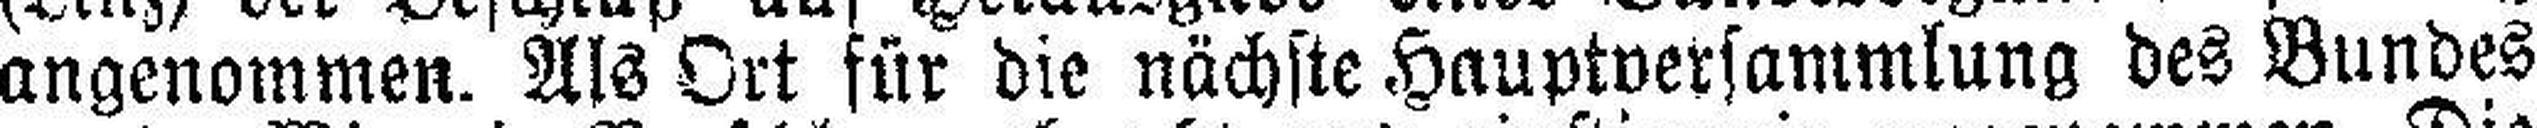
angenommen. Als Ort für die nächste Hauptversammlung des Bundes